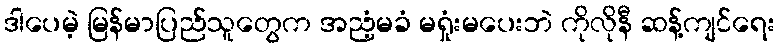
ဒါပေမဲ့ မြန်မာပြည်သူတွေက အညံ့မခံ မရှုံးမပေးဘဲ ကိုလိုနီ ဆန့်ကျင်ရေး